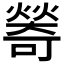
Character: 𤏃